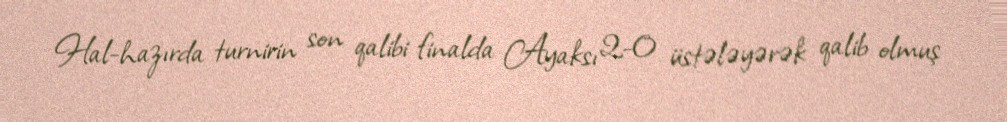
Hal-hazırda turnirin son qalibi finalda Ayaksı 2-0 üstələyərək qalib olmuş